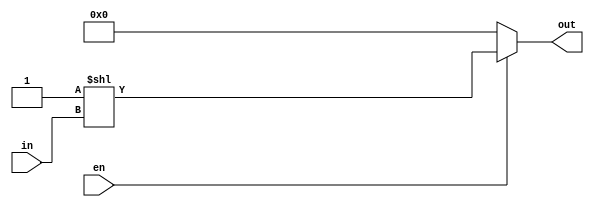
module decoder_6_64 (
	input         en,
	input  [5:0]  in,
	output [63:0] out
);

assign out = en ? (1 << in) : 64'd0;

endmodule